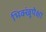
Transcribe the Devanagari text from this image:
भिक्खूंपेक्षा